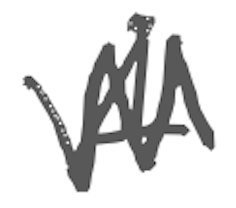
Text: A
Cross-out: mix
Writing tool: digital_gray